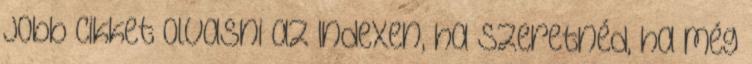
jobb cikket olvasni az Indexen, ha szeretnéd, ha még